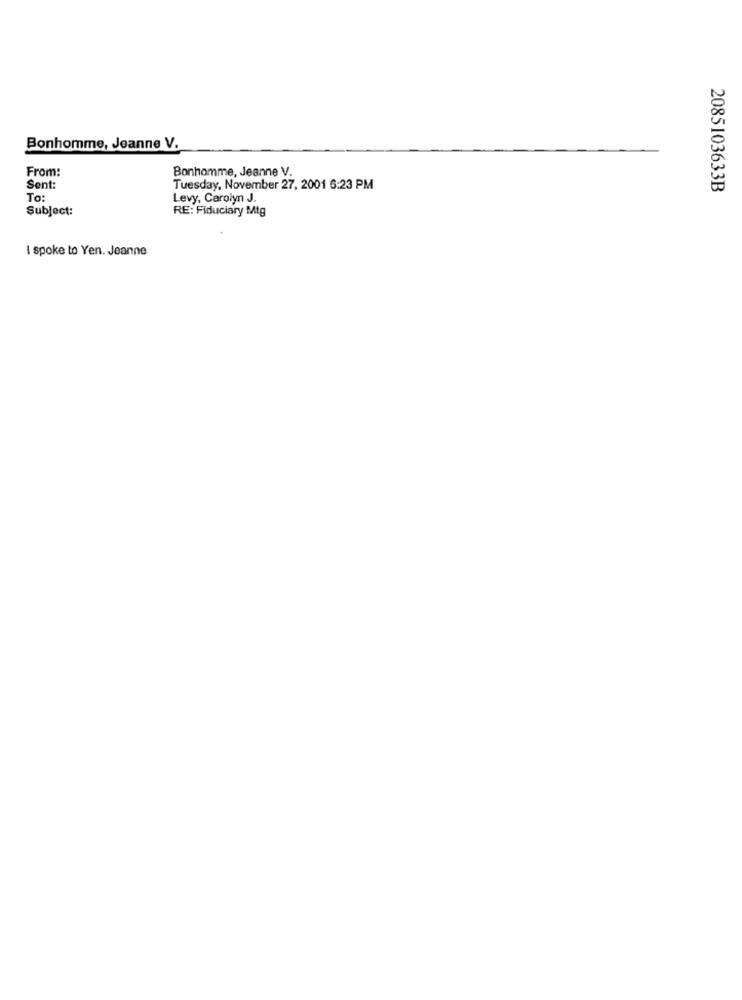
Bonhomme, Jeanne V.
From:
Bonhomme, Jeanne V.
Sent:
Tuesday, November 27, 2001 6:23 PM
2085103633B
To:
Levy, Carolyn J.
Subject:
RE: Fiduciary Mtg
I spoke to Yen. Jeanne